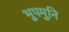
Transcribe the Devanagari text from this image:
भूपमुनि